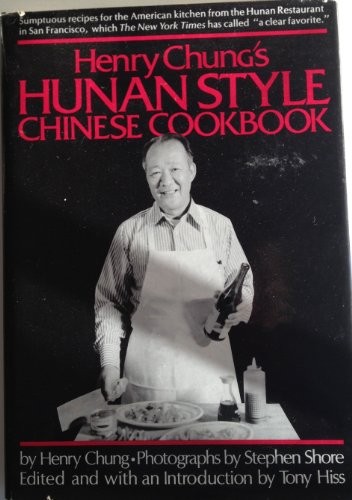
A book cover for Henry Chung's Hunan Style Chinese Cookbook; Henry Chung; Cookbooks, Food & Wine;